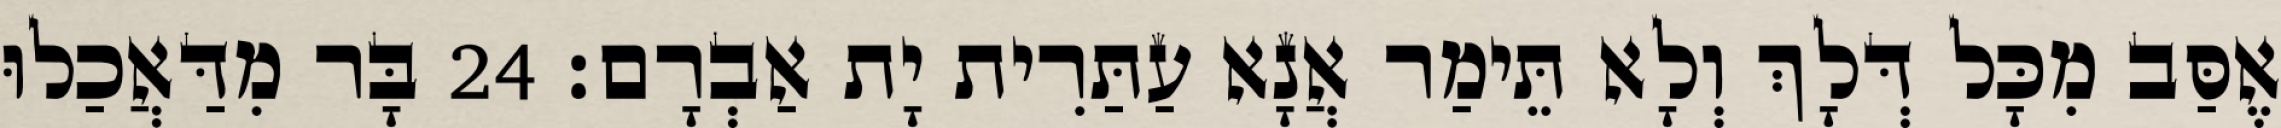
אֶסַּב מִכָּל דְּלָךְ וְלָא תֵּימַר אֲנָא עַתַּרִית יָת אַבְרָם׃ 24 בָּר מִדַּאֲכַלוּ